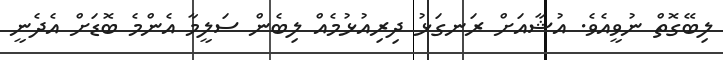
ލިބޭގޮތް ނުވީއެވެ. އުޝާއަށް ރަނގަޅު ދިރިއުޅުމެއް ލިބެން ސަލީމާ އެންމެ ބޮޑަށް އެދެނީ